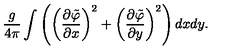
\frac { g } { 4 \pi } \int \left( \left( \frac { \partial \tilde { \varphi } } { \partial x } \right) ^ { 2 } + \left( \frac { \partial \tilde { \varphi } } { \partial y } \right) ^ { 2 } \right) d x d y .